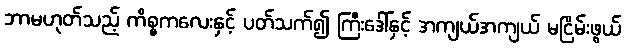
ဘာမဟုတ်သည့် ကိစ္စကလေးနှင့် ပတ်သက်၍ ကြီးဒေါ်နှင့် အကျယ်အကျယ် မငြိမ်းဖွယ်